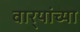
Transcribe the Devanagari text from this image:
वार्‍यांच्या